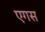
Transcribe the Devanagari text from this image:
एगस